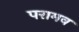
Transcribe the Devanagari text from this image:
परामव